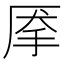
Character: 𰓙